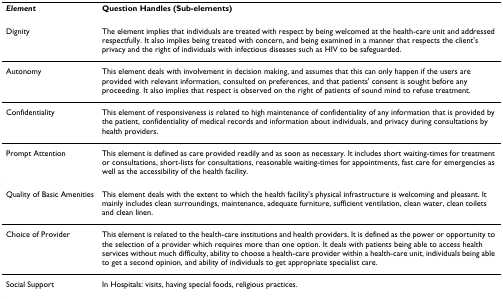
| Element | Question Handles (Sub-elements) |
 | --- | --- |
 | Dignity | The element implies that individuals are treated with respect by being welcomed at the health-care unit and addressed respectfully. It also implies being treated with concern, and being examined in a manner that respects the client's privacy and the right of individuals with infectious diseases such as HIV to be safeguarded. |
 | Autonomy | This element deals with involvement in decision making, and assumes that this can only happen if the users are provided with relevant information, consulted on preferences, and that patients' consent is sought before any proceeding. It also implies that respect is observed on the right of patients of sound mind to refuse treatment. |
 | Confidentiality | This element of responsiveness is related to high maintenance of confidentiality of any information that is provided by the patient, confidentiality of medical records and information about individuals, and privacy during consultations by health providers. |
 | Prompt Attention | This element is defined as care provided readily and as soon as necessary. It includes short waiting-times for treatment or consultations, short-lists for consultations, reasonable waiting-times for appointments, fast care for emergencies as well as the accessibility of the health facility. |
 | Quality of Basic Amenities | This element deals with the extent to which the health facility's physical infrastructure is welcoming and pleasant. It mainly includes clean surroundings, maintenance, adequate furniture, sufficient ventilation, clean water, clean toilets and clean linen. |
 | Choice of Provider | This element is related to the health-care institutions and health providers. It is defined as the power or opportunity to the selection of a provider which requires more than one option. It deals with patients being able to access health services without much difficulty, ability to choose a health-care provider within a health-care unit, individuals being able to get a second opinion, and ability of individuals to get appropriate specialist care. |
 | Social Support | In Hospitals: visits, having special foods, religious practices. |